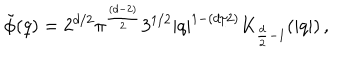
LaTeX: \tilde { \phi } ( q ) = 2 ^ { d / 2 } \pi ^ { \frac { ( d - 2 ) } { 2 } } 3 ^ { 1 / 2 } \left| q \right| ^ { 1 - ( d / 2 ) } K _ { \frac { d } { 2 } - 1 } ( \left| q \right| ) \, ,